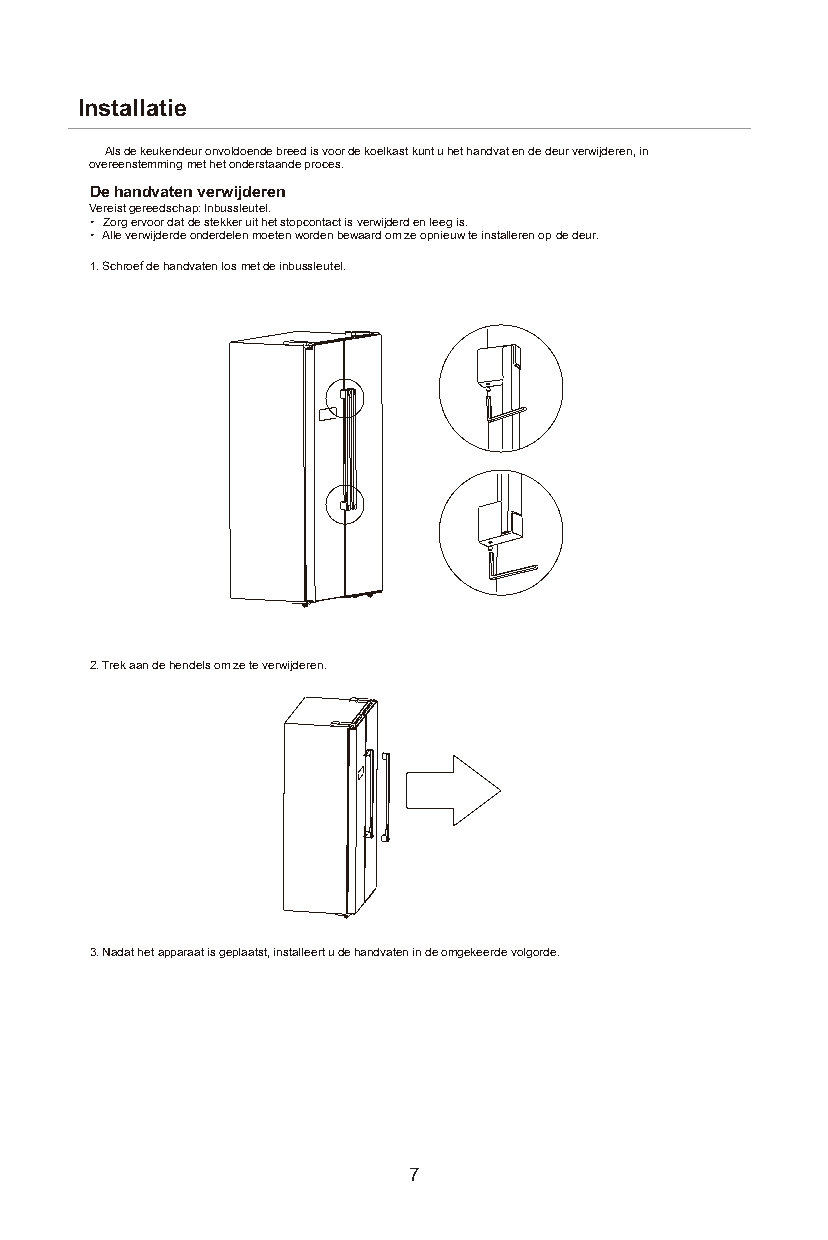
Installatie
 Als de keukendeur onvoldoende breed is voor de koelkast kunt u het handvat en de deur verwijderen, in
 overeenstemming met het onderstaande proces.
 De handvaten verwijderen
 Vereist gereedschap: Inbussleutel.
 • Zorg ervoor dat de stekker uit het stopcontact is verwijderd en leeg is.
 • Alle verwijderde onderdelen moeten worden bewaard om ze opnieuw te installeren op de deur.
 1. Schroef de handvaten los met de inbussleutel.
 2. Trek aan de hendels om ze te verwijderen.
 3. Nadat het apparaat is geplaatst, installeert u de handvaten in de omgekeerde volgorde.
 7